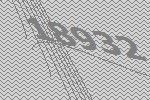
18932